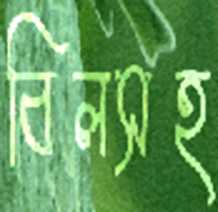
বিলসহ